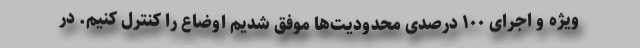
ویژه و اجرای ۱۰۰ درصدی محدودیت‌ها موفق شدیم اوضاع را کنترل کنیم. در